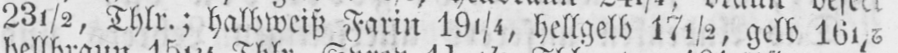
23½, Thlr.; halbweiß Farin 191/4, hellgelb 17½ gelb 161/6